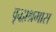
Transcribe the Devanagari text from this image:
वृद्धाश्रमास